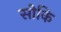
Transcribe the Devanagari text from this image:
सोकि